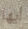
أيها